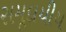
સમૂદાયીય